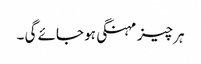
ہر چیز مہنگی ہو جائے گی ۔